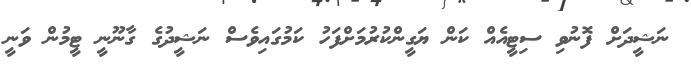
ނަޝީދަށް ފޮނުވި ސިޓީއެއް ކަން ޔަގީންކުރުމަށްފަހު ކަމުގައިވެސް ނަޝީދުގެ ގާނޫނީ ޓީމުން ވަނީ